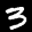
Label: 3